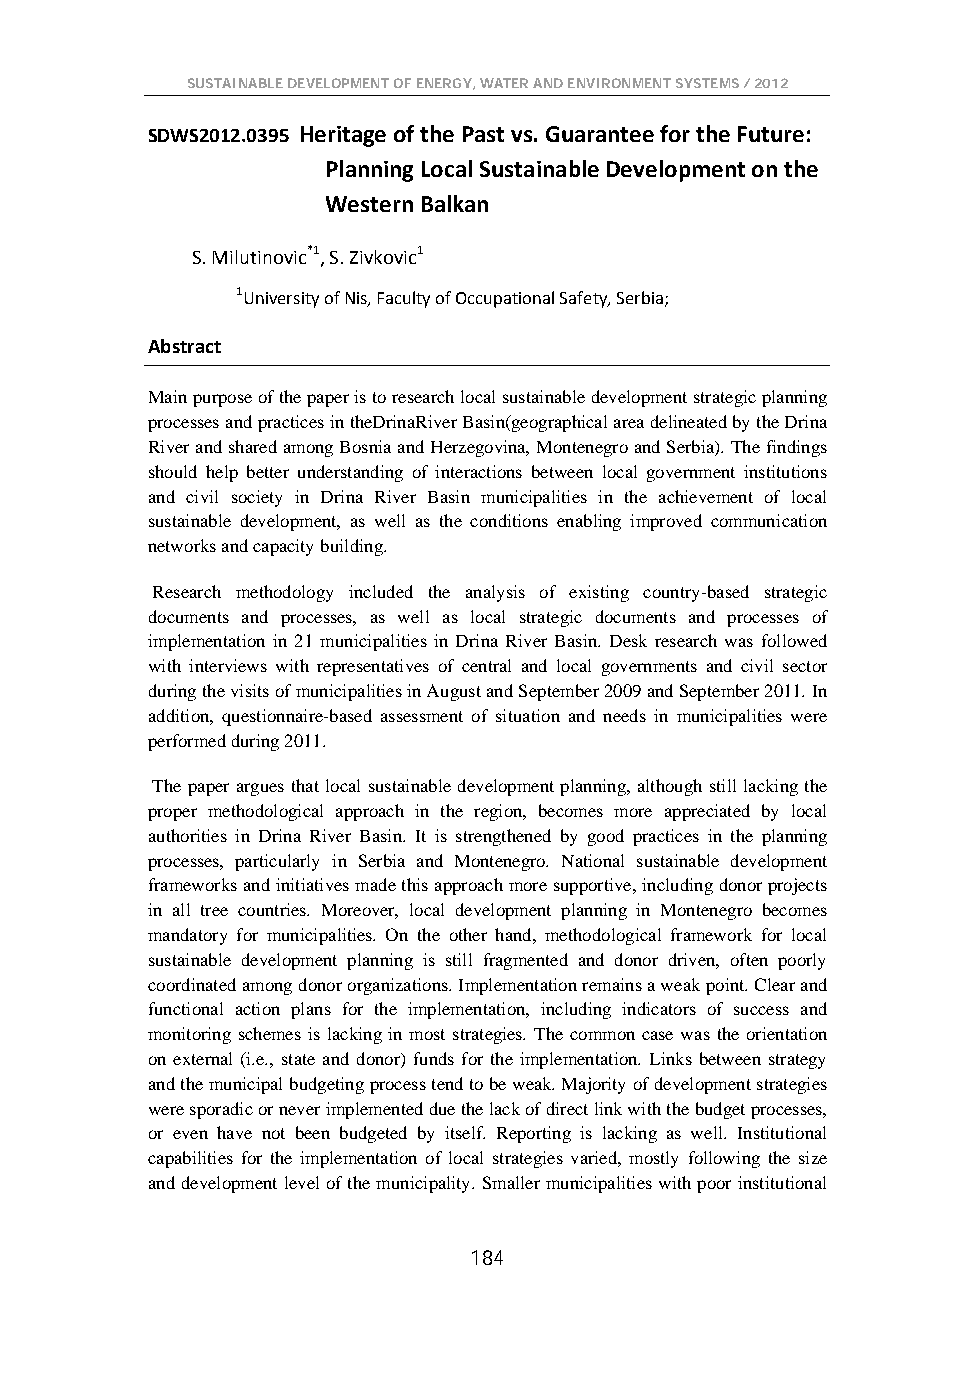
SUSTAINABLE DEVELOPMENT OF ENERGY, WATER AND ENVIRONMENT SYSTEMS / 2012
 SDWS2012.0395 Heritage of the Past vs. Guarantee for the Future:
 Planning Local Sustainable Development on the
 Western Balkan
 S. Milutinovic*1, S. Zivkovic1
 1University of Nis, Faculty of Occupational Safety, Serbia;
 Abstract
 Main purpose of the paper is to research local sustainable development strategic planning
 processes and practices in theDrinaRiver Basin(geographical area delineated by the Drina
 River and shared among Bosnia and Herzegovina, Montenegro and Serbia). The findings
 should help better understanding of interactions between local government institutions
 and civil society in Drina River Basin municipalities in the achievement of local
 sustainable development, as well as the conditions enabling improved communication
 networks and capacity building.
 Research methodology included the analysis of existing country-based strategic
 documents and processes, as well as local strategic documents and processes of
 implementation in 21 municipalities in Drina River Basin. Desk research was followed
 with interviews with representatives of central and local governments and civil sector
 during the visits of municipalities in August and September 2009 and September 2011. In
 addition, questionnaire-based assessment of situation and needs in municipalities were
 performed during 2011.
 The paper argues that local sustainable development planning, although still lacking the
 proper methodological approach in the region, becomes more appreciated by local
 authorities in Drina River Basin. It is strengthened by good practices in the planning
 processes, particularly in Serbia and Montenegro. National sustainable development
 frameworks and initiatives made this approach more supportive, including donor projects
 in all tree countries. Moreover, local development planning in Montenegro becomes
 mandatory for municipalities. On the other hand, methodological framework for local
 sustainable development planning is still fragmented and donor driven, often poorly
 coordinated among donor organizations. Implementation remains a weak point. Clear and
 functional action plans for the implementation, including indicators of success and
 monitoring schemes is lacking in most strategies. The common case was the orientation
 on external (i.e., state and donor) funds for the implementation. Links between strategy
 and the municipal budgeting process tend to be weak. Majority of development strategies
 were sporadic or never implemented due the lack of direct link with the budget processes,
 or even have not been budgeted by itself. Reporting is lacking as well. Institutional
 capabilities for the implementation of local strategies varied, mostly following the size
 and development level of the municipality. Smaller municipalities with poor institutional
 184